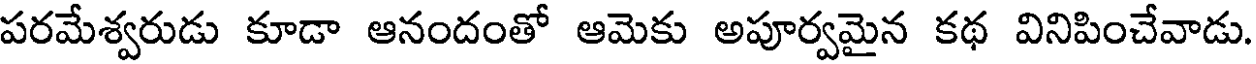
పరమేశ్వరుడు కూడా ఆనందంతో ఆమెకు అపూర్వమైన కథ వినిపించేవాడు